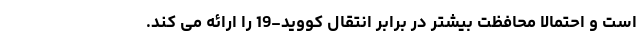
است و احتمالا محافظت بیشتر در برابر انتقال کووید-19 را ارائه می کند.